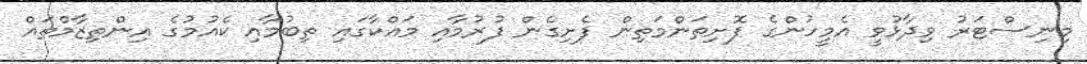
މިނިސްޓަރު ވިދާޅުވީ އެމީހުންގެ ފޮށިތަންމަތިން ފެށިގެން ފުރުމާއި މައްކާގައި ތިބުމާއި ކެއުމުގެ އިންތިޒާމްތައް